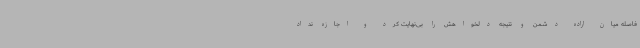
فاصله میان اراده دشمن و نتیجه دلخواهش را بی‌نهایت کرد و اجازه نداد